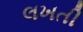
લખતી